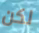
لكن